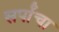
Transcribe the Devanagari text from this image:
सर्पांचा